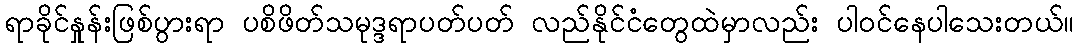
ရာခိုင်နှုန်းဖြစ်ပွားရာ ပစိဖိတ်သမုဒ္ဒရာပတ်ပတ် လည်နိုင်ငံတွေထဲမှာလည်း ပါဝင်နေပါသေးတယ်။